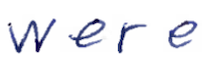
Text: were
Cross-out: clean
Writing tool: ballpoint